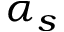
\alpha _ { s }